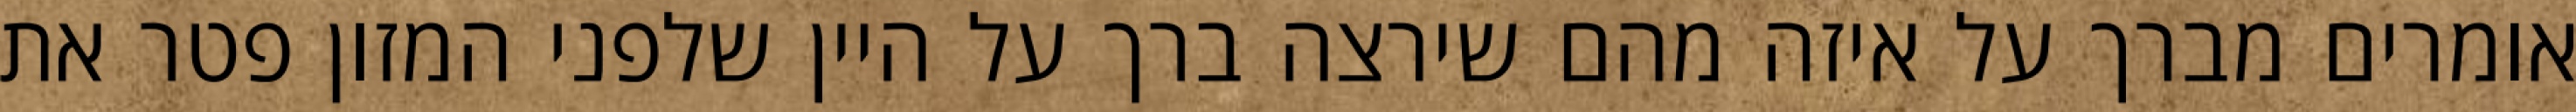
אומרים מברך על איזה מהם שירצה ברך על היין שלפני המזון פטר את